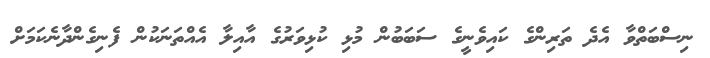
ނިސްބަތްވާ އެދެ ތަރިންގެ ކައިވެނީގެ ސަބަބުން މުޅި ކުޅިވަރުގެ އާއިލާ އެއްތަނަކުން ފެނިގެންދާނެކަމަށް